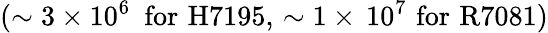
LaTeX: (\sim 3\times 10^{6}\, \, \mathrm{\, for\, \, H7195,\, \sim 1\times\, 10^{7}\, \, for\, \, R7081)}